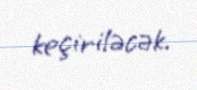
keçiriləcək.